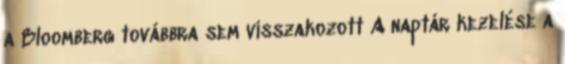
a Bloomberg továbbra sem visszakozott A naptár kezelése a